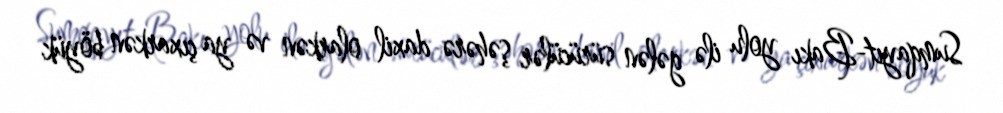
Sumqayıt-Bakı yolu ilə gələn sürücülər şəhərə daxil olarkən və ya çıxarkən böyük